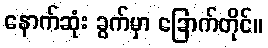
နောက်ဆုံး ခွက်မှာ ခြောက်တိုင်။